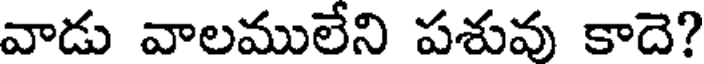
వాడు వాలములేని పశువు కాదె?